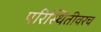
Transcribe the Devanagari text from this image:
परिस्थितीवरच